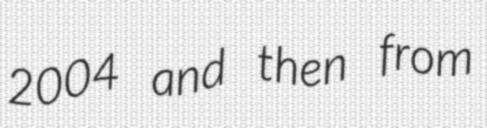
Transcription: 2004 and then from